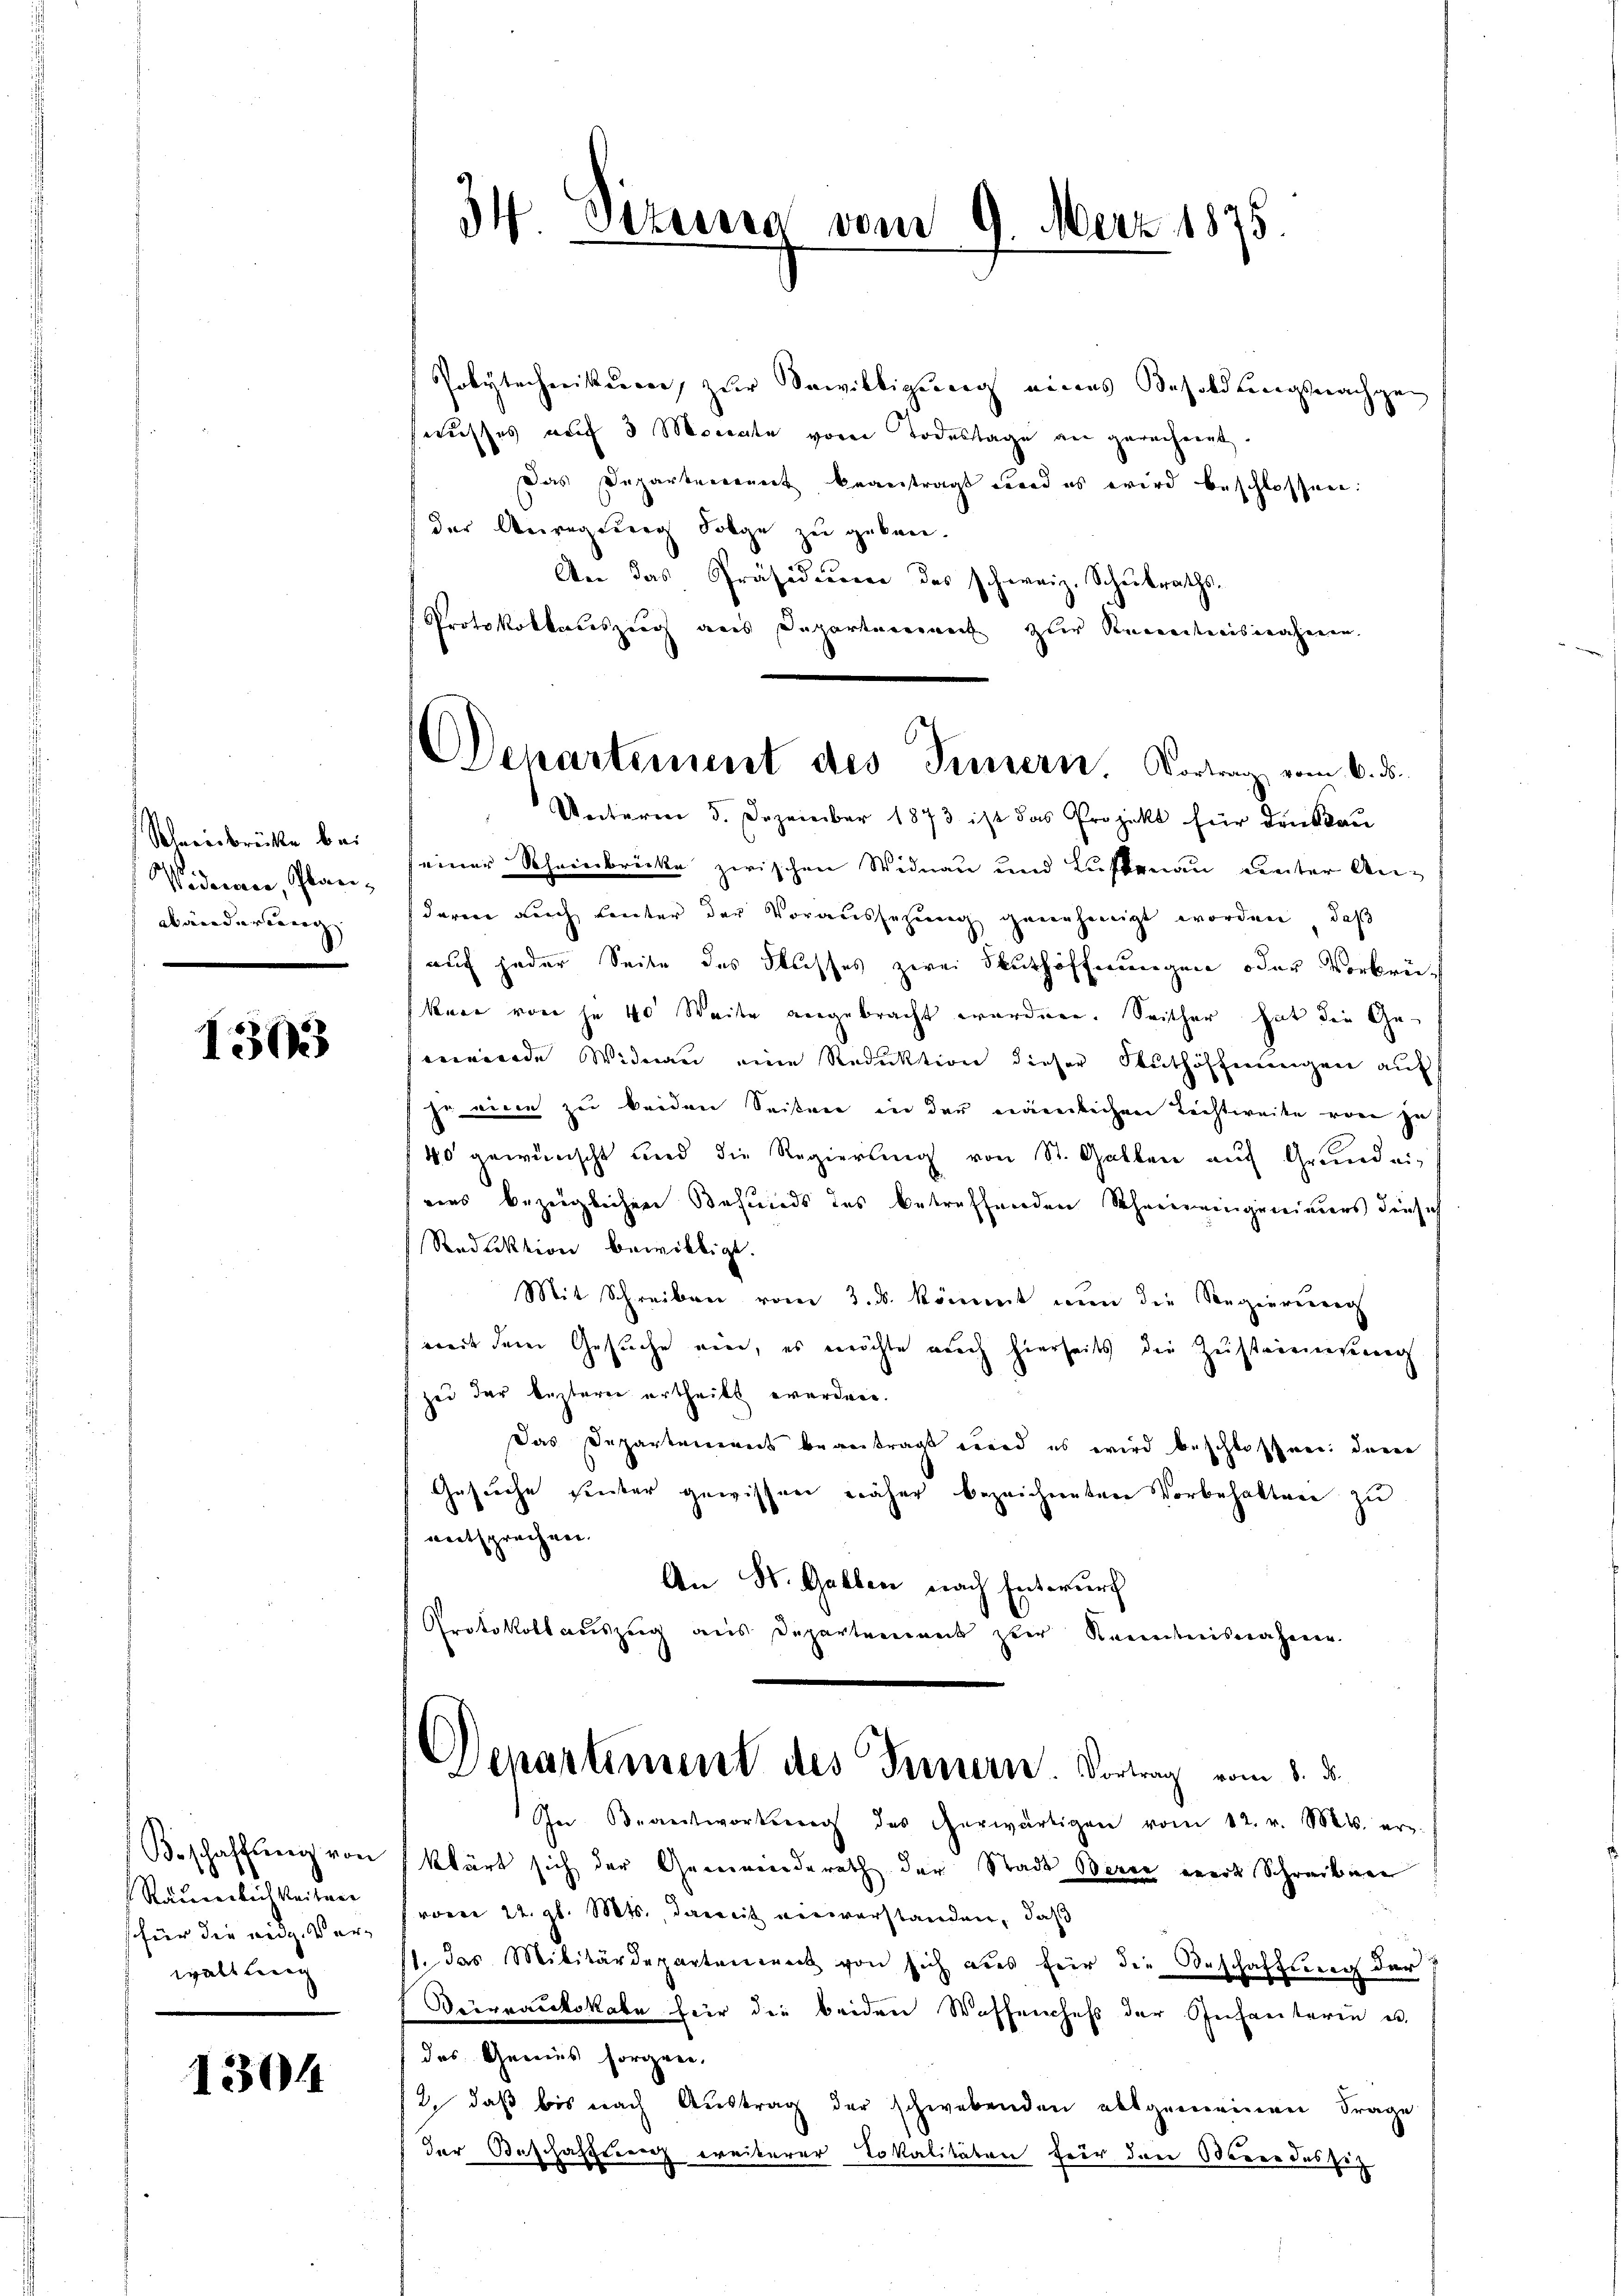
Schweinbrücke bei
Viderner, Plan¬
Wänderung

1303

Beschaffŭng von
Räumlichkeiten
für die Redg. Verwaltling

1304

34. Dezeitig vom 9. März 1875.

Departement des Tunnern. Vortrag vom 6. ds.

Polytecherikarrer, zur Bewilligung eines Besoldungsnachgen
nusses auf 3 Monate vorer Todestage an gerechnigt
Das Departenannt beantragt wird es wird beschlossen:
der Anregung Folge zu geben.
An das Präsidieren des schweiz. Schulraths¬
Protokollauszeug aus Departareine zur Kenntnisnahmen.
Unterm 5. Dezember 1873 ist das Projekt für drückkau
seiner Scheinbrücke zwischen Widnau und Luftenau unter An-
darin auch Leuter der Voraussezung genehmigt worden, daß
auch jeder Seite des Flusses zwei Muthöffnungen oder Vorkrükare von je 40 Weite angebracht worden. Seither hat die Geeiinde Widman eine Reduktion dieser Wuthöffnungen auf
je einen zu beiden Seiten in der nämlichen Lichtweile von zu
40 gewünscht und die Regierung von St. Gallen auf Grundei-
eins bezeiglichen Befunds des betreffenden Rheineingenimers den sich
Reduktion bewilligt.
Mit Schreiben vom 2. ds. kömmt nun die Regierunreg
weit dem Gesuche mir, es möchte auch hierseits die Zusteinigung
zei der lezterer urtheilt werden.
Das Departement beantragt wird es wird beschlossner davon
Gesuche sinter gewissen näher bezeichneten Vorbehaltnen zu
entsprechen.
An St. Gallen nach Entwurf
Protokollauszeig aus Departement zur Kenntnisnahmen.
Departiment des Ternern. Vortrag vom 8. ds.
In Beantworterung des herwärtigen vom 12. v. M. er-
klärt sich der Gemeinernderath der Stadt Berce weit Schreiben
vom 22. gl. Mts. damit anwerstanden, daß
1. das Militärdepartement von sich aus für die Beschaftung der
Veirnaulokale für die beiden Waffenchefs der Infanterin u.
das Genies sorgen.
2. daβ bis nach Austrag der schwebenden allgemeinen Frage
der Beschaffen weiterer Lokalitäten für dann Berne das sich